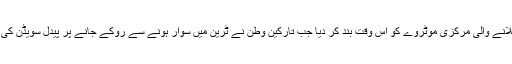
پولیس نے جرمنی سے ملانے والی مرکزی موٹروے کو اس وقت بند کر دیا جب تارکین وطن نے ٹرین میں سوار ہونے سے روکے جانے پر پیدل سویڈن کی جانب سفر شروع کر دیا۔